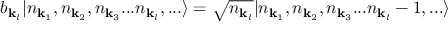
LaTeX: b _ { { \mathbf { k } } _ { l } } | n _ { { \mathbf { k } } _ { 1 } } , n _ { { \mathbf { k } } _ { 2 } } , n _ { { \mathbf { k } } _ { 3 } } . . . n _ { { \mathbf { k } } _ { l } } , . . . \rangle = { \sqrt { n _ { { \mathbf { k } } _ { l } } } } | n _ { { \mathbf { k } } _ { 1 } } , n _ { { \mathbf { k } } _ { 2 } } , n _ { { \mathbf { k } } _ { 3 } } . . . n _ { { \mathbf { k } } _ { l } } - 1 , . . . \rangle